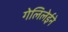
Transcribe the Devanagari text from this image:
गेलिलेईने